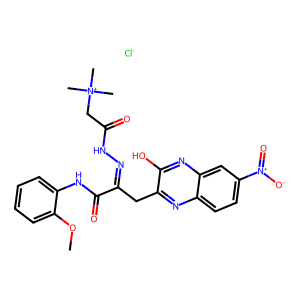
SMILES: COc1ccccc1NC(=O)C(Cc1nc2ccc([N+](=O)[O-])cc2nc1O)=NNC(=O)C[N+](C)(C)C.[Cl-]
Inhibits HIV replication: No